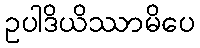
ဥပါဒိယိဿာမိပေ